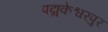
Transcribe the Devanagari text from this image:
पद्मकेश्वरपुर